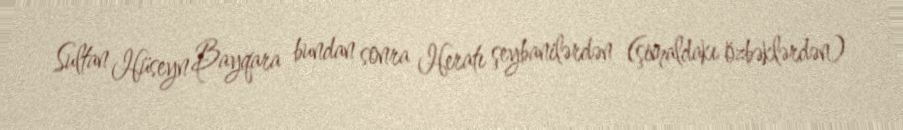
Sultan Hüseyn Bayqara bundan sonra Heratı şeybanilərdən (şimaldakı özbəklərdən)